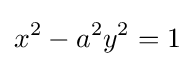
x^{2}-a^{2}y^{2}=1